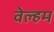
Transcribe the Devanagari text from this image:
वेल्हम